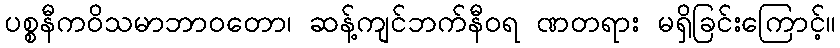
ပစ္စနီကဝိသမာဘာဝတော၊ ဆန့်ကျင်ဘက်နီဝရ ဏတရား မရှိခြင်းကြောင့်။